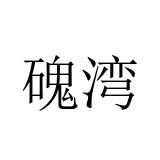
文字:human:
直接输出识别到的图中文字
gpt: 磈湾